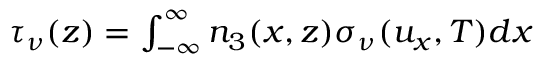
\begin{array} { r } { \tau _ { \nu } ( z ) = \int _ { - \infty } ^ { \infty } n _ { 3 } ( x , z ) \sigma _ { \nu } ( u _ { x } , T ) d x } \end{array}